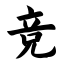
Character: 竞